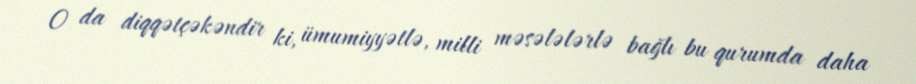
O da diqqətçəkəndir ki, ümumiyyətlə, milli məsələlərlə bağlı bu qurumda daha